Madras plague regulations and rules - Volume 2
Disease focus: Plague
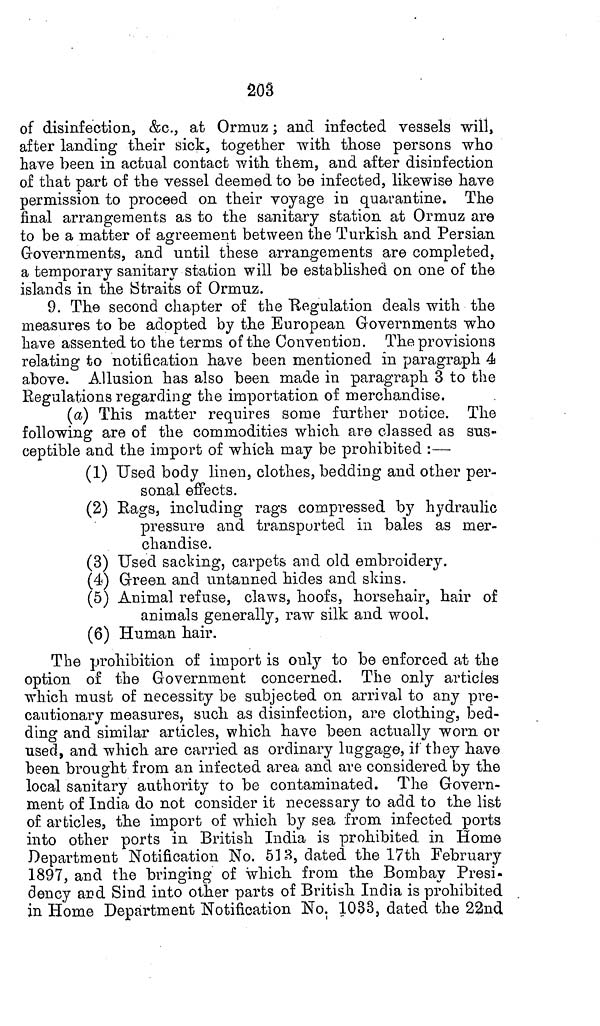
203
of disinfection, &c., at Ormuz; and infected vessels will,
after landing their sick, together with those persons who
have been in actual contact with them, and after disinfection
of that part of the vessel deemed to be infected, likewise have
permission to proceed on their voyage in quarantine. The
final arrangements as to the sanitary station at Ormuz are
to be a matter of agreement between the Turkish and Persian
Governments, and until these arrangements are completed,
a temporary sanitary station will be established on one of the
islands in the Straits of Ormuz.
9. The second chapter of the Regulation deals with the
measures to be adopted by the European Governments who
have assented to the terms of the Convention. The provisions
relating to notification have been mentioned in paragraph 4
above. Allusion has also been made in paragraph 3 to the
Regulations regarding the importation of merchandise.
(a) This matter requires some further notice. The
following are of the commodities which are classed as sus-
ceptible and the import of which may be prohibited :—
(1) Used body linen, clothes, bedding and other per-
sonal effects.
(2) Bags, including rags compressed by hydraulic
pressure and transported in bales as mer-
chandise.
(3) Used sacking, carpets and old embroidery.
(4) Green and untanned hides and skins.
(5) Animal refuse, claws, hoofs, horsehair, hair of
animals generally, raw silk and wool.
(6) Human hair.
The prohibition of import is only to be enforced at the
option of the Government concerned. The only articles
which must of necessity be subjected on arrival to any pre-
cautionary measures, such as disinfection, are clothing, bed-
ding and similar articles, which have been actually worn or
used, and which are carried as ordinary luggage, if they have
been brought from an infected area and are considered by the
local sanitary authority to be contaminated. The Govern-
ment of India do not consider it necessary to add to the list
of articles, the import of which by sea from infected ports
into other ports in British India is prohibited in Home
Department Notification No. 513, dated the 17th February
1897, and the bringing of which from the Bombay Presi-
dency and Sind into other parts of British India is prohibited
in Home Department Notification No. 1033, dated the 22nd